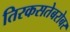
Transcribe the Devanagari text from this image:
तिरकसतेबरोबर